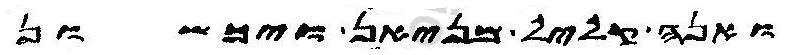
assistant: ואנה קליל מניאן ויכשון